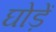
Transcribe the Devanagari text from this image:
घोड़ें